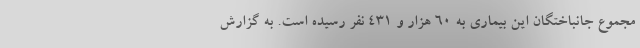
مجموع جانباختگان این بیماری به ۶۰ هزار و ۴۳۱ نفر رسیده است. به گزارش